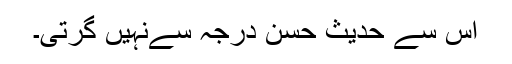
اس سے حدیث حسن درجہ سےنہیں گرتی۔